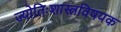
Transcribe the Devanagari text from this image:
ज्योतिःशास्त्रविषयक